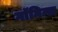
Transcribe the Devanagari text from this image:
गाॅगिन्स